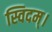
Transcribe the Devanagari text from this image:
स्विदम्।